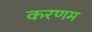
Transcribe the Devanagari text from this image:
करणम